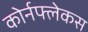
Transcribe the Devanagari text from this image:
कोर्नफ्लेकस